Lunatic asylums Punjab 1868-1880 - 1868-1880
Year: 1868
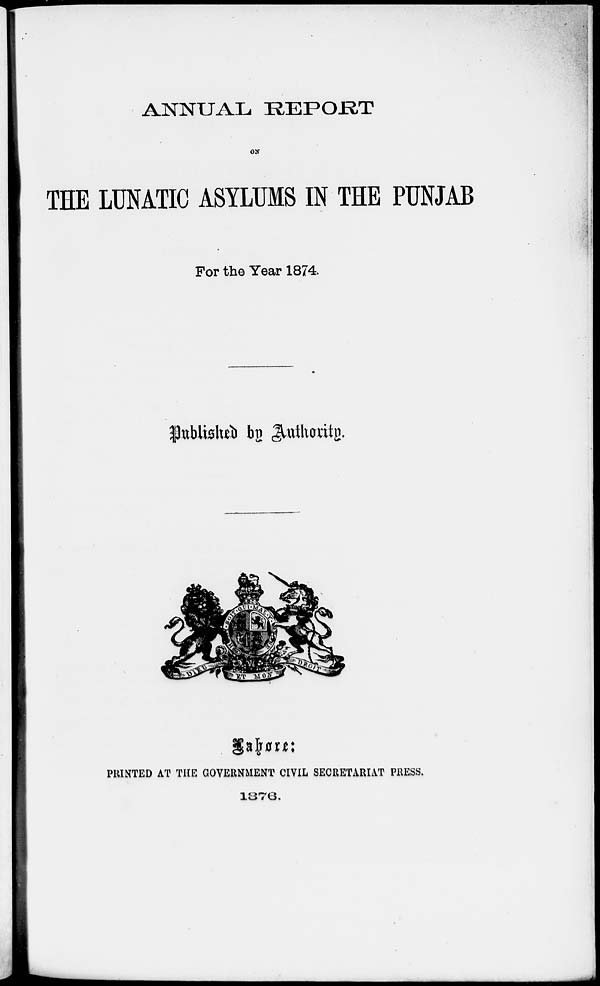
ANNUAL REPORT
ON
THE LUNATIC ASYLUMS IN THE PUNJAB
For the Year 1874.
Published by Authority.
Lahore:
PRINTED AT THE GOVERNMENT CIVIL SECRETARIAT PRESS.
1876.